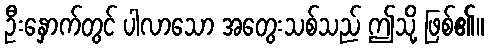
ဦးနှောက်တွင် ပါလာသော အတွေးသစ်သည် ဤသို့ ဖြစ်၏။